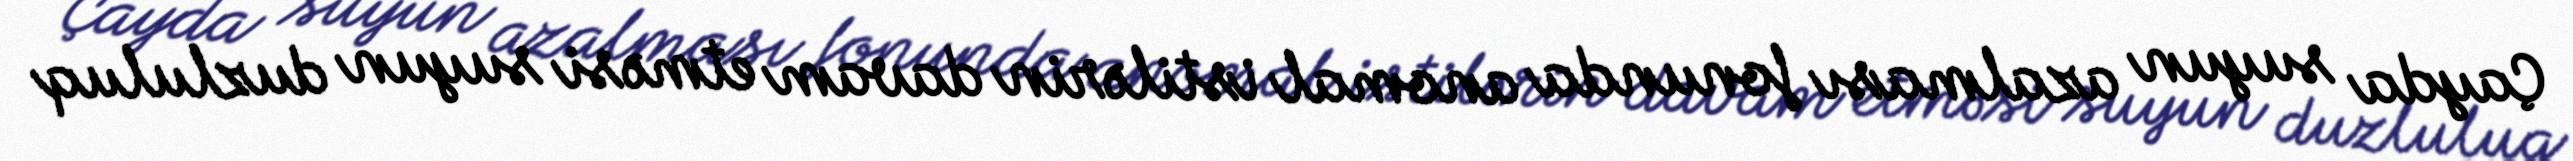
Çayda suyun azalması fonunda anomal istilərin davam etməsi suyun duzluluq